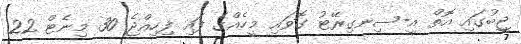
ޖީބުގައި އޮތް އީ-ސިނގިރޭޓު ގޮވައި މީހެއްގެ ފައި ފިހިއްޖެ 30 މިނެޓް 22